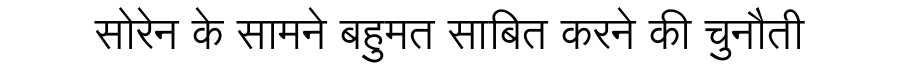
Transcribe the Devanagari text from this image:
सोरेन के सामने बहुमत साबित करने की चुनौती